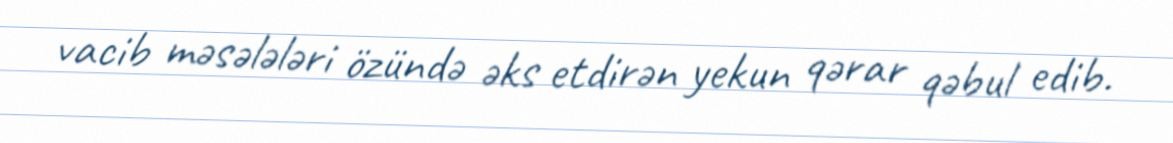
vacib məsələləri özündə əks etdirən yekun qərar qəbul edib.